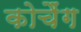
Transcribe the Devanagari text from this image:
कोचैंग